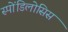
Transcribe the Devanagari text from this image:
स्पोंडिलोसिस